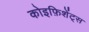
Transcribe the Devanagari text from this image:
कोइफ़िशेंट्स